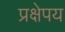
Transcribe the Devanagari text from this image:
प्रक्षेपय